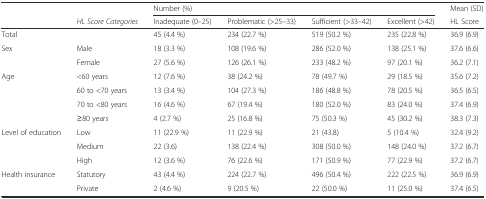
|  |  | <COLSPAN=4> Number (%) | Mean (SD) |
 |  | HL Score Categories | Inadequate (0–25) | Problematic (>25–33) | Sufficient (>33–42) | Excellent (>42) | HL Score |
 | --- | --- | --- | --- | --- | --- | --- |
 | Total |  | 45 (4.4 %) | 234 (22.7 %) | 519 (50.2 %) | 235 (22.8 %) | 36.9 (6.9) |
 | <ROWSPAN=2> Sex | Male | 18 (3.3 %) | 108 (19.6 %) | 286 (52.0 %) | 138 (25.1 %) | 37.6 (6.6) |
 | Female | 27 (5.6 %) | 126 (26.1 %) | 233 (48.2 %) | 97 (20.1 %) | 36.2 (7.1) |
 | <ROWSPAN=4> Age | <60 years | 12 (7.6 %) | 38 (24.2 %) | 78 (49.7 %) | 29 (18.5 %) | 35.6 (7.2) |
 | 60 to <70 years | 13 (3.4 %) | 104 (27.3 %) | 186 (48.8 %) | 78 (20.5 %) | 36.5 (6.5) |
 | 70 to <80 years | 16 (4.6 %) | 67 (19.4 %) | 180 (52.0 %) | 83 (24.0 %) | 37.4 (6.9) |
 | ≥80 years | 4 (2.7 %) | 25 (16.8 %) | 75 (50.3 %) | 45 (30.2 %) | 38.3 (7.3) |
 | <ROWSPAN=3> Level of education | Low | 11 (22.9 %) | 11 (22.9 %) | 21 (43.8) | 5 (10.4 %) | 32.4 (9.2) |
 | Medium | 22 (3.6) | 138 (22.4 %) | 308 (50.0 %) | 148 (24.0 %) | 37.2 (6.7) |
 | High | 12 (3.6 %) | 76 (22.6 %) | 171 (50.9 %) | 77 (22.9 %) | 37.2 (6.7) |
 | <ROWSPAN=2> Health insurance | Statutory | 43 (4.4 %) | 224 (22.7 %) | 496 (50.4 %) | 222 (22.5 %) | 36.9 (6.9) |
 | Private | 2 (4.6 %) | 9 (20.5 %) | 22 (50.0 %) | 11 (25.0 %) | 37.4 (6.5) |